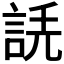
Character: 𧧲